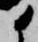
候